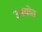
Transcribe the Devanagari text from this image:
उपयोत